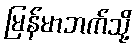
မြန်မာဘက်သို့